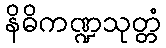
နိဓိကဏ္ဍသုတ္တံ